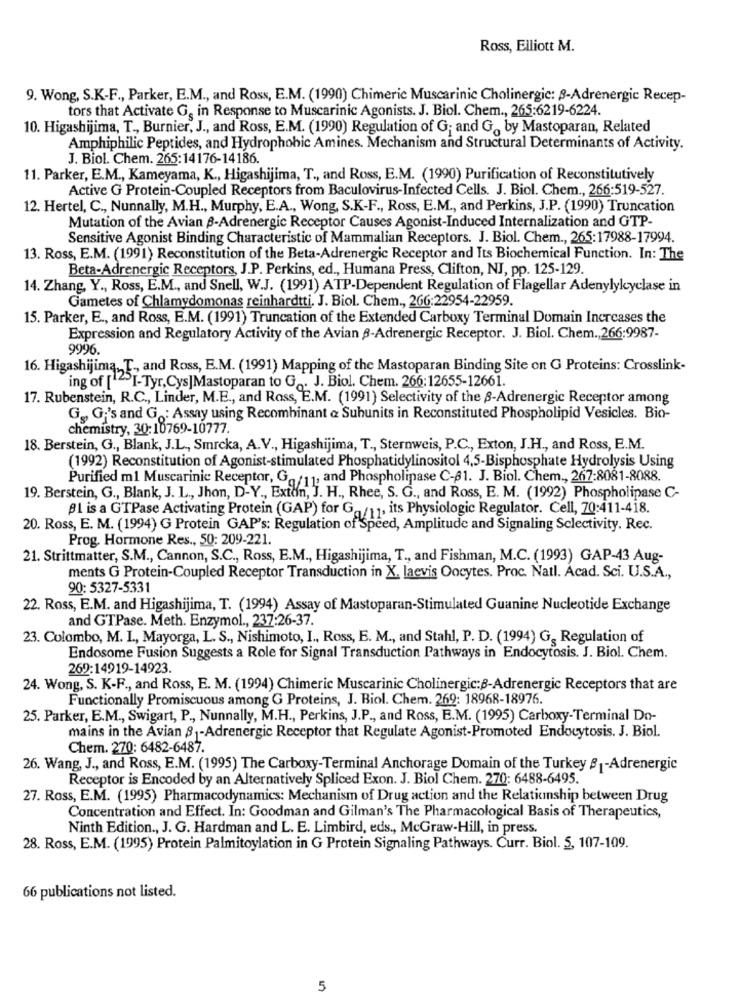
Ross, Elliott M.
9. Wong, S.K-F ., Parker, E.M ., and Ross, E.M. (1990) Chimeric Muscarinic Cholinergic: 8-Adrenergic Recep-
tors that Activate G, in Response to Muscarinic Agonists. J. Biol. Chem ., 265:6219-6224.
10. Higashijima, T ., Burnier, J ., and Ross, E.M. (1990) Regulation of G; and Go by Mastoparan, Related
Amphiphilic Peptides, and Hydrophobic Amines. Mechanism and Structural Determinants of Activity.
J. Biol. Chem. 265:14176-14186.
11. Parker, E.M ., Kameyama, K ., Higashijima, T ., and Ross, E.M. (1990) Purification of Reconstitutively
Active G Protein-Coupled Receptors from Baculovirus-Infected Cells. J. Biol. Chem ., 266:519-527.
12. Hertel, C ., Nunnally, M.H ., Murphy, E.A ., Wong, S.K-F ., Ross, E.M ., and Perkins, J.P. (1990) Truncation
Mutation of the Avian -Adrenergic Receptor Causes Agonist-Induced Internalization and GTP-
Sensitive Agonist Binding Characteristic of Mammalian Receptors. J. Biol. Chem ., 265:17988-17994.
13. Ross, E.M. (1991) Reconstitution of the Beta-Adrenergic Receptor and Its Biochemical Function. In: The
Beta-Adrenergic Receptors, J.P. Perkins, ed ., Humana Press, Clifton, NJ, pp. 125-129.
14. Zhang, Y ., Ross, E.M ., and Snell, W.J. (1991) ATP-Dependent Regulation of Flagellar Adenylylcyclase in
Gametes of Chlamydomonas reinhardtti. J. Biol. Chem ., 266:22954-22959.
15. Parker, E ., and Ross, E.M. (1991) Truncation of the Extended Carboxy Terminal Domain Increases the
Expression and Regulatory Activity of the Avian 8-Adrenergic Receptor. J. Biol. Chem ., 266:9987-
9996.
16. Higashijima, T ., and Ross, E.M. (1991) Mapping of the Mastoparan Binding Site on G Proteins: Crosslink-
ing of [12>I-Tyr,Cys]Mastoparan to Go. J. Biol. Chem. 266:12655-12661.
17. Rubenstein, R.C ., Linder, M.E ., and Ross, E.M. (1991) Selectivity of the 8-Adrenergic Receptor among
G. G:'s and G .: Assay using Recombinant & Subunits in Reconstituted Phospholipid Vesicles. Bio-
chemistry, 30:10769-10777.
18. Berstein, G ., Blank, J.L ., Smrcka, A.V ., Higashijima, T ., Sternweis, P.C ., Exton, J.H ., and Ross, E.M.
(1992) Reconstitution of Agonist-stimulated Phosphatidylinositol 4,5-Bisphosphate Hydrolysis Using
Purified m1 Muscarinic Receptor, Go/11, and Phospholipase C-81. J. Biol. Chem ., 267:8081-8088.
19. Berstein, G ., Blank, J. L ., Jhon, D-Y ., Exton, J. H ., Rhee, S. G ., and Ross, E. M. (1992) Phospholipase C-
Bl is a GTPase Activating Protein (GAP) for Ga/1.
a/11, its Physiologic Regulator. Cell, 70:411-418.
20. Ross, E. M. (1994) G Protein GAP's: Regulation of Speed, Amplitude and Signaling Selectivity. Rec.
Prog. Hormone Res ., 50: 209-221.
21. Strittmatter, S.M ., Cannon, S.C ., Ross, E.M ., Higashijima, T ., and Fishman, M.C. (1993) GAP-43 Aug-
ments G Protein-Coupled Receptor Transduction in X. laevis Oocytes. Proc. Natl. Acad. Sci. U.S.A .,
90: 5327-5331
22. Ross, E.M. and Higashijima, T. (1994) Assay of Mastoparan-Stimulated Guanine Nucleotide Exchange
and GTPase. Meth. Enzymol ., 237:26-37.
23. Colombo, M. I ., Mayorga, L. S ., Nishimoto, I ., Ross, E. M ., and Stahl, P. D. (1994) G, Regulation of
Endosome Fusion Suggests a Role for Signal Transduction Pathways in Endocytosis. J. Biol. Chem.
262:14919-14923.
24. Wong, S. K-F ., and Ross, E. M. (1994) Chimeric Muscarinic Cholinergic:8-Adrenergic Receptors that are
Functionally Promiscuous among G Proteins, J. Biol. Chem. 269: 18968-18976.
25. Parker, E.M ., Swigart, P ., Nunnally, M.H ., Perkins, J.P ., and Ross, E.M. (1995) Carboxy-Terminal Do-
mains in the Avian 81-Adrenergic Receptor that Regulate Agonist-Promoted Endocytosis. J. Biol.
Chem. 270: 6482-6487.
26. Wang, J ., and Ross, E.M. (1995) The Carboxy-Terminal Anchorage Domain of the Turkey 8 -Adrenergic
Receptor is Encoded by an Alternatively Spliced Exon. J. Biol Chem. 270: 6488-6495.
27. Ross, E.M. (1995) Pharmacodynamics: Mechanism of Drug action and the Relationship between Drug
Concentration and Effect. In: Goodman and Gilman's The Pharmacological Basis of Therapeutics,
Ninth Edition ., J. G. Hardman and L. E. Limbird, eds ., McGraw-Hill, in press.
28. Ross, E.M. (1995) Protein Palmitoylation in G Protein Signaling Pathways. Curr. Biol. 5, 107-109.
66 publications not listed.
5